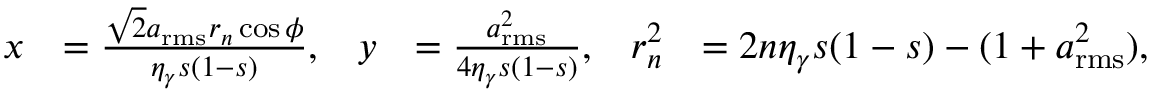
\begin{array} { r l r l r l } { x } & { = \frac { \sqrt { 2 } a _ { \mathrm { r m s } } r _ { n } \cos \phi } { \eta _ { \gamma } s ( 1 - s ) } , } & { y } & { = \frac { a _ { \mathrm { r m s } } ^ { 2 } } { 4 \eta _ { \gamma } s ( 1 - s ) } , } & { r _ { n } ^ { 2 } } & { = 2 n \eta _ { \gamma } s ( 1 - s ) - ( 1 + a _ { \mathrm { r m s } } ^ { 2 } ) , } \end{array}